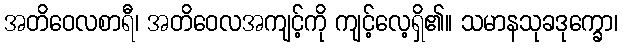
အတိဝေလစာရီ၊ အတိဝေလအကျင့်ကို ကျင့်လေ့ရှိ၏။ သမာနသုခဒုက္ခော၊